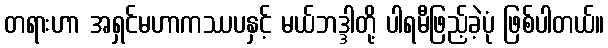
တရားဟာ အရှင်မဟာကဿပနှင့် မယ်ဘဒ္ဒါတို့ ပါရမီဖြည့်ခဲ့ပုံ ဖြစ်ပါတယ်။